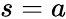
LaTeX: s=a